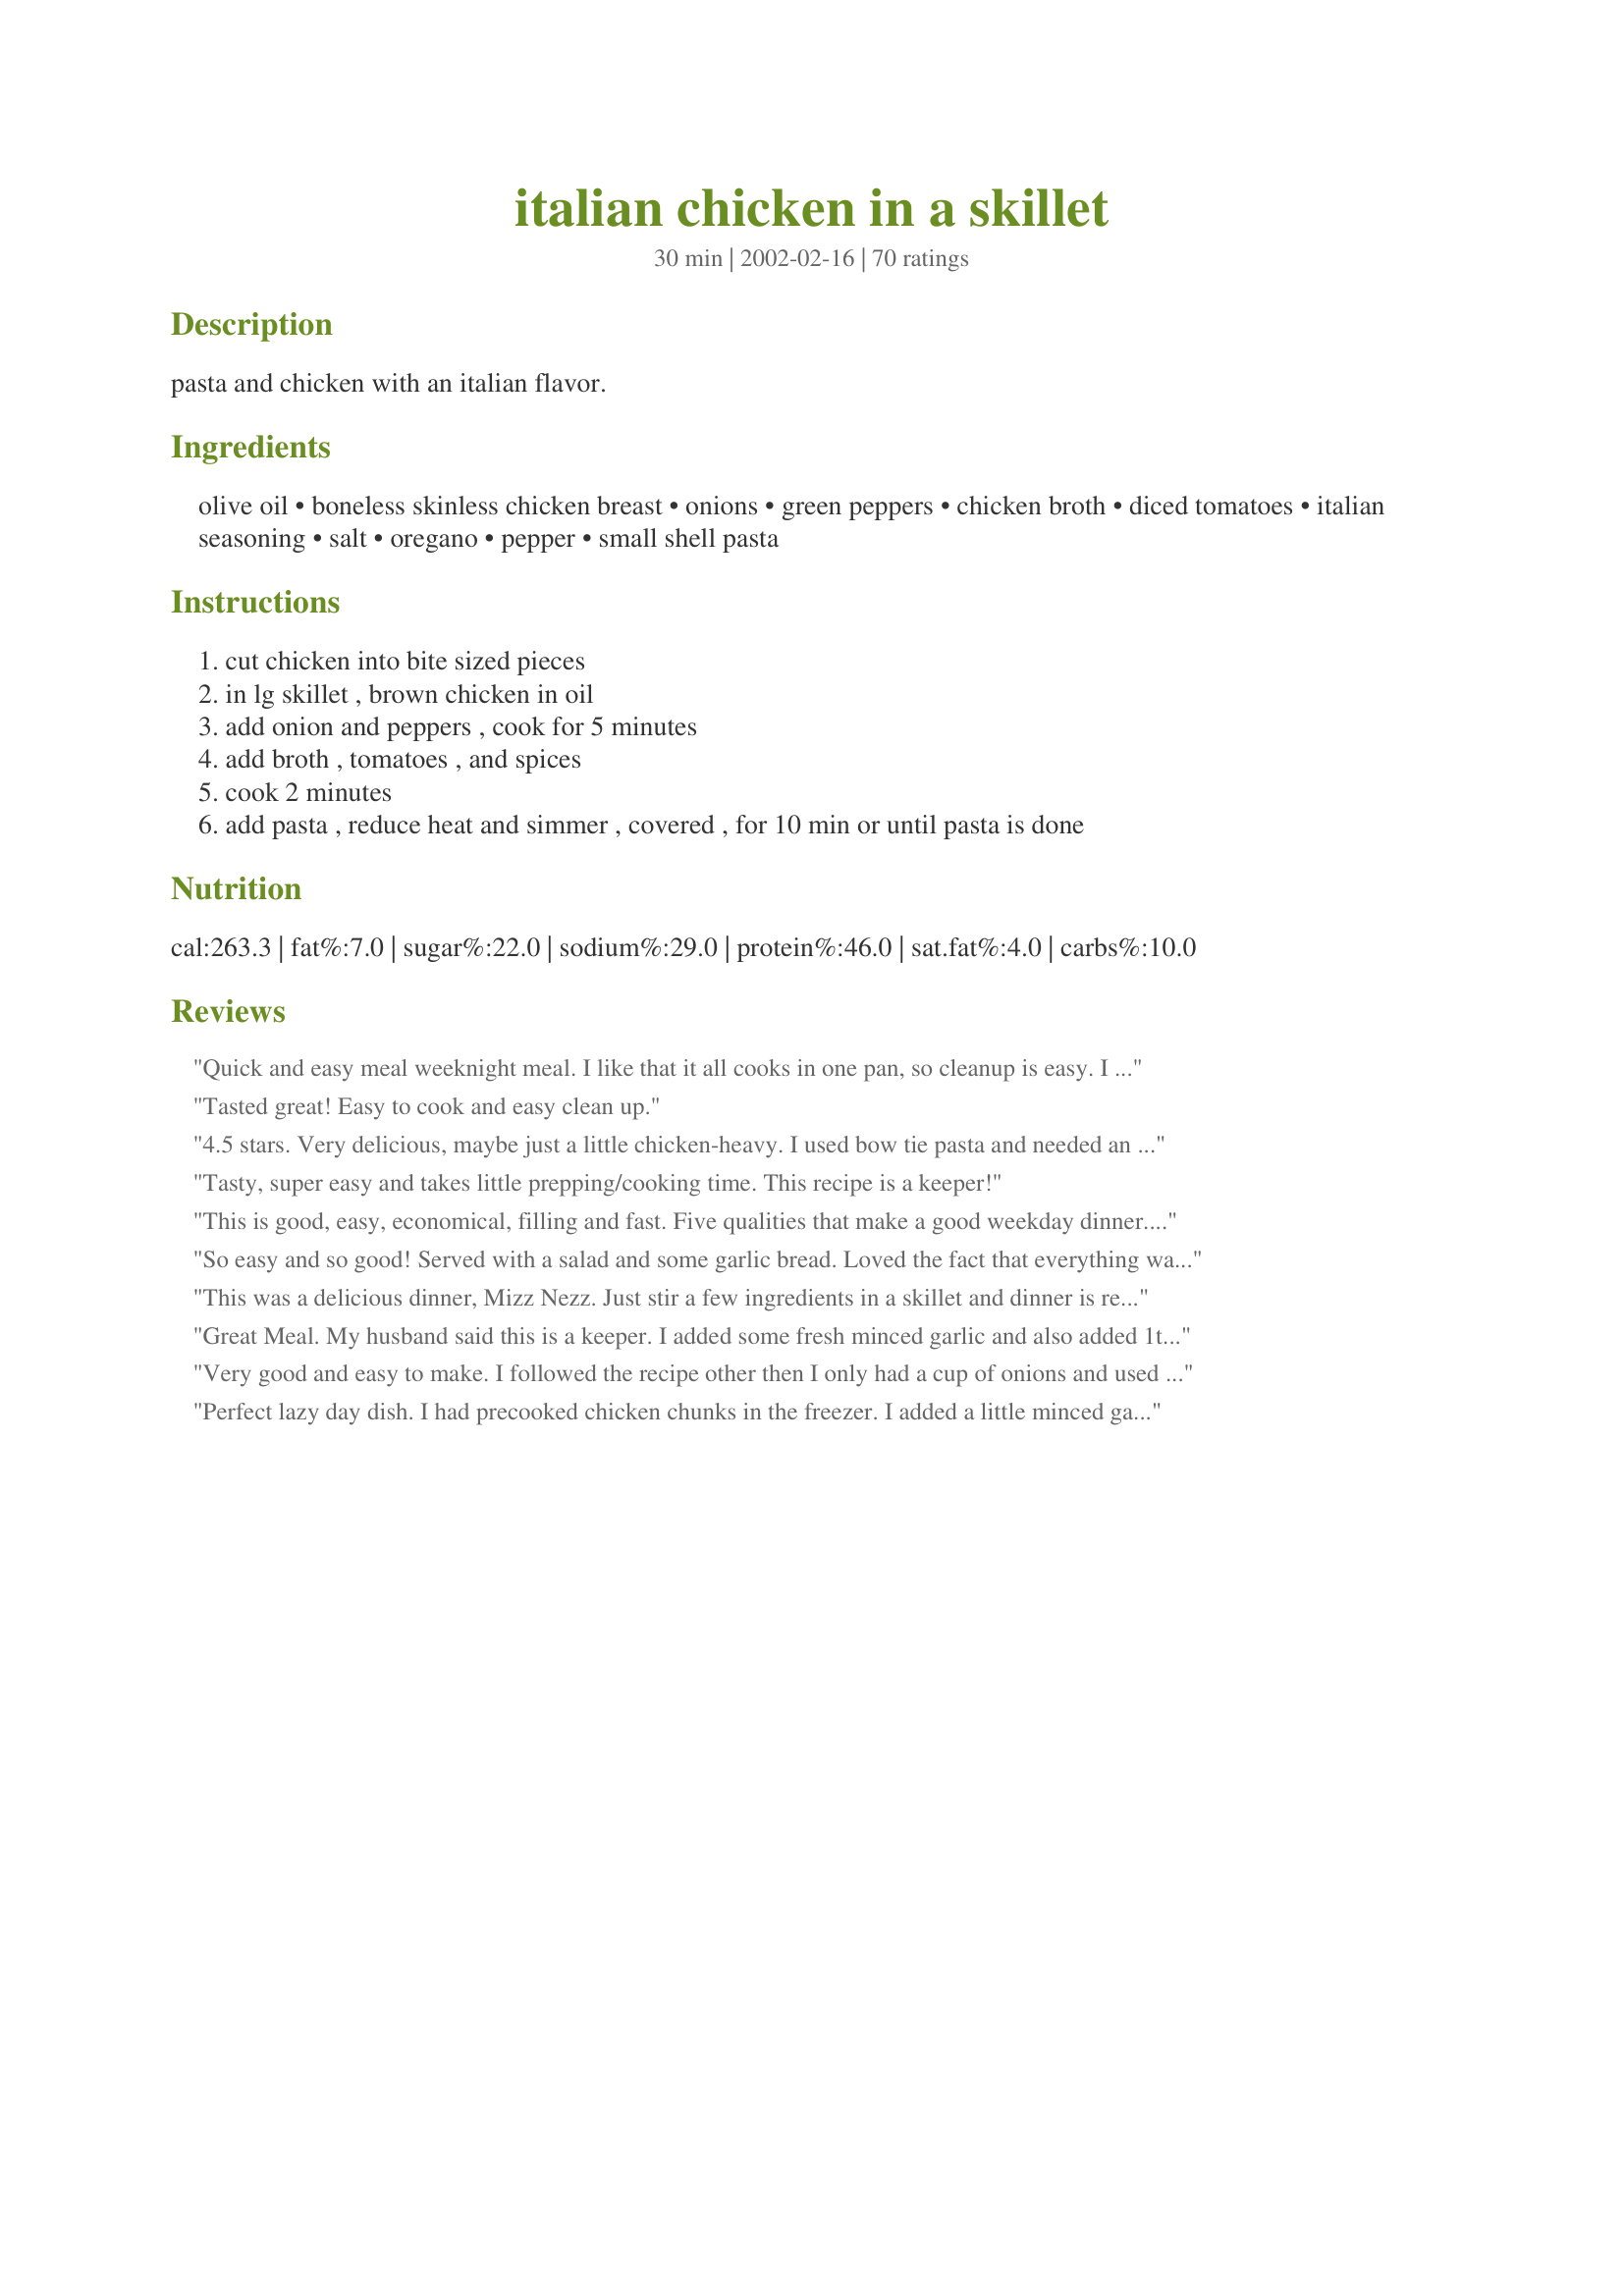
italian chicken in a skillet
Preparation time: 30 minutes

pasta and chicken with an italian flavor.

Ingredients:
olive oil, boneless skinless chicken breast, onions, green peppers, chicken broth, diced tomatoes, italian seasoning, salt, oregano, pepper, small shell pasta

Steps:
cut chicken into bite sized pieces, in lg skillet , brown chicken in oil, add onion and peppers , cook for 5 minutes, add broth , tomatoes , and spices, cook 2 minutes, add pasta , reduce heat and simmer , covered , for 10 min or until pasta is done

Reviews:
Quick and easy meal weeknight meal. I like that it all cooks in one pan, so cleanup is easy. I felt that it could have used a little more flavor, maybe some garlic.
Tasted great! Easy to cook and easy clean up.
4.5 stars. Very delicious, maybe just a little chicken-heavy. I used bow tie pasta and needed an additional 10 minutes simmering time. Wonderful aromas, family enjoyed a lot!
Tasty, super easy and takes little prepping/cooking time. This recipe is a keeper!
This is good, easy, economical, filling and fast. Five qualities that make a good weekday dinner. I used the suggested Italian tomatoes. Next time I will add a couple cloves of garlic and more spices, because my family recommended that it needed more of a kick for our tastes. Thanks!
So easy and so good! Served with a salad and some garlic bread. Loved the fact that everything was done in one pan and it took only minutes to make.
This was a delicious dinner, Mizz Nezz. Just stir a few ingredients in a skillet and dinner is ready. The seasoning was just right and best of all, my family loved it. Definitely will make this one again. Thanks for sharing.
Great Meal. My husband said this is a keeper. I added some fresh minced garlic and also added 1tsp. of sugar. Found that at the end of cooking almost all my liquid was absorbed by the noodles, so I added another can of tomatoes. Next time I think I will cook my noodles seperate.
Very good and easy to make. I followed the recipe other then I only had a cup of onions and used diced tomatoes with basil, oregano and basil. Since my tomatoes had spices, I didn't add the italian seasoning or oregano. I also forgot to add the pepper. I used Dreamfield rotini pasta. Hubby topped his with parmesan cheese but I ate it as is. We all loved this.
Perfect lazy day dish. I had precooked chicken chunks in the freezer. I added a little minced garlic and few sliced black olives (needed to be used up. Used curly noodles. Put this recipe in my summer supper section. Thanks.

A gigantic hit at my house! Easy to throw together too. I added freshly grated parmesan and it made it even better. Thanks for a great recipe.
I made this a while back and forgot to review it. I was really impressed with the flavor and how easy this recipe was. Hubby thought I meant we were having one of those frozen meals you dump in a skillet, boy was he surprised when he tasted this!! Thanks MizzNezz!
Excellent dinner. Good work MizzNezz. Added just a few dried chili flakes for bite.
very good! Nice, simple, excelent flavor
This was fantastic. Not only was it delicious but it was one pan and so quick and easy. I added garlic to the sauteed onion mixture and left out the green peppers because I didn't have any in the house. I also added a little fresh oregano and basil instead of the italian seasoning.

To fnish I sprinkled some parm on top before serving. This was great with some salad.

I will absoultely make this again!
This was delicious! I love one pan meals as it means less clearing up haha!! Packed with flavour and easy to make, this is a new favourite weeknight meal!
By golly but this was good! Hubby turned up his nose when he first looked in the pan. He's not a big macaroni fan so wasn't impressed at first. However, he went back for huge second helping so need I say more? Easy, inexpensive and tasty.. pure gold recipe. Thanks!!
It was my intention of make this as written, except for using home-grown tomatoes. Once I got sarted, I realized I didn&#039;t have Italian seasoning. Also, my skillet was too small to add the pasta. I chopped a bunch of tomatoes, some onion and a banana pepper and sauteed them along with the diced chicken breast. I added some chicken broth and an envelope of ranch dressing mix. I decided to make the pasta separately, so I just let the liquid cook down and reduce and I added a little bit of corn starch. It came out delicious!
Excellent and easy to make. I didn't know I could cook! My family loved it.
Outstanding! I used about 2 cups of homeade chicken broth. May add some garlic powder next time. Took more than 10 minutes for my ziti noodles. Thank you for this easy delicious meal in a pan! Very flavorful. Thank you for sharing.
Thanks for posting this one, I made it for friends who both took home the recipe!!! I think that speaks for its self. Cheers, Jenny :)
Everyone really enjoyed this meal. I'm not a very good cook at all, but I followed the recipe to a "T" and what took no time at all looked as though I had slaved over the stove all day. My boyfriend and his roommate were really impressed! THANKS
I was truly excited to try this dish, especially since I had all the ingredients on hand (for once)! I prepared the dish per recipe instructions, swapping out the Oregano for Basil (because I LOVE Basil) &amp; using a mixture of mainly red bell pepper w/some green bell pepper. First...I don&#039;t know what kinda super sized skillet reviewers were using but my 12-inch fry pan was brimming with sauce! Lol. I couldn&#039;t close the lid to simmer the dish. However, the pasta turn out gud! I used gluten free corn flour shells, boiling it for only 3 minutes in order to boil out the starchy glob that forms in the water when you cook with gluten free corn pasta. The pasta turned out perfect but the flavor was EH...it was just OK. I believe had it prepared with a ground turkey &amp; spicy turkey Italian sausage mix, this recipe would have been a 5 star winner!! I will attempt to make this again, however I&#039;ll make it with the above mentioned turkey meat mixtures.
I made this last night for dinner and we all loved it. So easy to put together and so tasty. I did add one fairly big clove of minced garlic, but otherwise followed the recipe to a T. This will definitely become a cold weather staple.
Thanks!
This was great! Both of us liked the recipe. It smelled and tasted wonderful. And best of all, it was easy and pretty healthy and filling. I am sure we will make this one again. Many thanks!
EXCELLENT......I added fresh? Chopped Garlic, another can of tomatoes, a little more Broth and let it simmer about an hour and poured two cups of shredded Pizza cheese on it and let that melt into it while I oven warmed a nice thick cheese bread to soak it up.....My husband LOVED it....
This was good and easy but my husband and I thought it needed something. I just not sure what. Followed the recipee exactly.
Yet another great recipe. I was thinking of you and wanted you to know!! With everything that is needed I made myself a very good meal to eat. Without going anywhere. Very Good Meal without changing anything. Thank You and Hugs.
A great dish! First time I used bow tie pasta, this time the shells, which we prefer. I used Italian style diced tomatoes. Health Valley low fat chicken broth, no MSG and low sodium. Thank you for posting. Peggy Martin at www.Awaken4u.com
Pretty easy to put together, but my pasta wasn't done in the time specified, (I used the shells) so I cooked longer and that seemed to dry it out. Maybe it needs more broth or tomatoes. We ate it fine, but it was just OK for us.
Very good! My husband came home and commented on how you could smell the aroma from outside! Little does he know how much I really chopped up those onions and peppers so he wouldn't notice them, he hates them. We enjoyed this dish very much; and it's a great low fat dish.
Wow! This was so quick and so delicious...our entire family loved it. Very flavourful and filling yet still low-fat. Will definitely be making this again.
I can't think of anything that would improve this recipe---it was so tasty! I served it with crusty bread and a green salad and it was a hit. Definitely going to make it regularly!
Amazing dish. Parents say it tastes like something you'd find at a restaurant. I've made it twice now and will definitely make it more often. As a picky chicken person, the chicken is still a little too dry for me, but the noodles and vegetables are delicious :)
Yay Yay Yay! Both of my kids ate their first bowl and asked for seconds which rarely happens in my house. And my BF and I both loved this too so THANK YOU! I needed to add more broth to het my pasta cooked so next time I might double the tomatoes. Used bowtie pasta and it came out perfect in the end.
YUMMMM!!! I made this tonight for hubby and I. The only pasta I had on hand was the corkscrew pasta, and it worked great; I thought it made it a little more interesting, LOL! The flavors are wonderful!!! I omitted the green pepper because neither hubby or I like them; this was SOO good!!! Kind of like a homemade "chicken helper" type thing, but way better!!! I also grated a little parmesan over the top before serving. Also served with cheddar garlic biscuits, the perfect accompaniment!! Thank you!
Great flavor and a very easy dish. I thought this might be 'just another chicken dish' but the seasonings really add great flavor. We really enjoyed it. Can't wait to have the leftovers. I used 3 chicken breasts (~1.5 lbs) and small shell pasta. Thanks.
I forgot that I had made this! (I made it last spring) Anyways, I found that it was very good. The only problem with it (my fault) was cooking the noodles all the way. Some of the shells were still hard, so next time I have to make sure they are all cooked!
Very good. Even my 4yr old ate every bite! I used italian seasoned chicken broth instead and basil (I was out of oregano) and elbow macaroni. I will definately make this again - as requested by my daughter.
I made the recipe as written, except used rotini instead of shells and a little less bell pepper, due to what I had on hand. Very nice dish. I topped with shredded mozzarella. I might cut the oregano to 1/2 teaspoon next time. It was a tad too strong.... oh, and I did use chicken breast that had been store-packaged in a tomato basil marinade. It was a nice boost of flavor.
Quick, easy and tasty.
I used bow tie pasta and it took a little longer than 10 minutes to cook. Sprinkled dish with pecorino romano cheese before serving.
Finally made this for dinner. It was very quick and easy. I whipped it up after a long day of cooking casseroles for the freezer and the week. I didn't really change anything, but i used diced tom with basil & garlic (what was on hand), about 1/4 cup of white wine to deglaze the pan. Used homemade chicken stock (didn't have enough thawed after all my casseroles that's why i used the wine). I used ziti because that's what was on hand. To tighten the sauce i sprinkled in some parm cheese (almost out of habit). It is a definate keeper. I took the left overs to work for lunch (had to hide in the fridge before we even sat down to dinner), they reheated nicely. Everyone came back to the breakroom to see what smelled so great. Needless to say i had to call home for the recipe so i could pass it around. Thanks for keeper Mizz.
Happy cooking
My family liked this dish. I loved that it was all prepared in one skillet; less mess!!! Will definately make again!!!
Just ok, trashed the recipe.
One reviewer described this as "chicken helper but better", and that's a great description of this dish. I loved how easy it was to prep and cook in one pan. I used medium shell pasta; I do not stock Italian seasoning so subbed a bit more oregano, basil, and minced garlic. The flavor was great; most of us put generous amounts of parm cheese (and crushed red pepper) on top. However it turns out that my fam is not too keen on this type of dinner - the pasta gets too soggy if there is any dely in serving, and I think I'll stick with dirtying (sp?) 2 pots - one with veggies and another with pasta.
Made this dish twice now and making it again today .I pack it into containers and take it with me in the lorry to heat up in the microwave .it tastes just as nice and is better than any ready meal you buy in the supermarket. Anymore recipes like this would be much appreciated.??
Have yet to have someone not like it.
This was very good, and so easy to throw together! I used 3 cups from a bag of frozen peppers and onion that had green, yellow and red peppers. Next time if I use frozen veggies I'll decrease the broth a bit though. I used shell pasta and almost 1 1/4 lbs chicken. Thanks for the great easy recipe--we will definitely make again!
Loved it! Accidentally used diced tomatoes with red pepper but it gave it a nice zip. Will definitely remake this one!
Wow!! A nice weekend meal that doesn't require a lot of time. Served with a sides salad and Texas Toast and your meal is planned.
It is a nice and easy recipe and I have almost everything I need in my frig and pantry. I kept the other comments in mind and decided to cook the pasta separately (I used barilla farfalle) and added it to the sauce after draining it. I think this recipe will also work with rice so next time I think I'll sub the pasta for 1 cup of uncooked rice. I would saute the rice in olive oil or butter first then add the aromatics, set that aside and brown the chicken, add back the rice and then add the broth and tomatoes. Rice usually cooks in about 20 minutes.
Am in the middle of making this for a second time as it&#039;s an easy option for a quick lunch for my son when he comes home from school. Having just made my own Italian Seasoning (as it&#039;s not available pre-packed in the country I live in), I&#039;ve come to the conclusion that the seasoning is what made me not overly keen on the dish the last time. Maybe I&#039;m one of those people who just doesn&#039;t like Italian Seasoning but I find the taste too overwhelming to ignore and basically, for me, it ruined a dish that I think I would have otherwise enjoyed. Very small doses until I can find an alternative as I like the idea of all the other ingredients together.
This turned out okay. Glad I tried it but I&#039;ve had other similar recipes that were way better. I won&#039;t be making this again.
This stuff is GREAT! I really didn't expect as much out of it as it delievers. I thought anything this easy must be "just okay" at best. What a pleasant surprise. It's ease of cooking and it's great taste took me aback. Being a heart patient on a fat restricted diet, this one gets printed out and placed into my "Favorite Binder".
This is unbelievable! My husband and I oooed and ahhhed all through lunch and the best part of all is how easy and quick it is to throw together! We will be using this one again and again - thank you so much!
Yummmmmmm! This was a wonderful meal. I cut the onion into big chunks and discarded after browning...don't like them! Also, I used diced tomatoes with garlic. SOOOO good. My 13 month old could not get it into her mouth fast enough. Thanks for a truly great recipe!
This was very easy to make and quite tasty too! Will probably be making again!
This recipe has the most delicious flavor & very easy to make. I added some red cooking wine to my recipe & used diced tomatoes with olive oil and burgundy wine to add some extra flavor. Yummy!
We all loved it! I added garlic when browning the chicken. it is a wonderful cook meal. thank you!
I needed a simple recipe for a quick lunch this weekend, so I tried this one. It got rave reviews from everyone. I didn't change the recipe at all. I will definitely be making this one again, probably quite often because it's so easy. Thanks!
Made this on the spur of the moment for dinner tonight. Very easy and quick. Since I hadn't planned ahead, some substitutions were in order! DH hates onions, so I sub'd onion powder for fresh onion. The only diced tomatoes I had on hand were diced tomatoes with green chilies, so I threw those in. Veggie oil instead of olive oil, and I added a dash of garlic powder. Also used fresh ground pepper blend instead of regular black pepper, spiral noodles, and topped with a bit of Parmesan cheese. In spite of all these changes, DH gave it four stars (which to any normal person would be an ecstatic five stars, he NEVER rates above a three) and I thought it was pretty good too. The green chilies gave it quite a kick, but it still complemented well. This one's a keeper, thanks!
Easy to prepare. Wonderful aroma! I used red peppers instead of green because I prefer red peppers. We all really enjoyed it.
I found this to be &quot;okay&quot;, although to be fair, this type of dish isn't my favourite (I don't really like tomato-sauced dishes). So while I found the taste to be a little boring, it was very easy to make. The actual cooking time was super fast, and all in one pot! I'm thinking now that this may taste a lot better if a flavourful sausage was used instead of chicken breast...
As simple as promised and my family loved it. My one note is that we used elbow pasta and it took close to 20 minutes for the pasta to be cooked thoroughly.
Cooked this last night for my husband and 2 year old and they loved it. Cheap and easy! Will cook again.
This doesn't need any more rave reviews, but I did try something not posted. I used a 8.9 oz. bag of Barilla three cheese tortellini and simmered on high heat. It was perfect if you're a cheese lover like me.
This was such a quick,easy,and tasty dish.I made it for 4 servings I used a cup of each veggie and the same sauce ingredients. I added some leftover tomato sauce. Very good.
Outstanding. Tastes like something you'd order at Olive Garden or Macaroni Grill. I doubled the recipe as I have a super sized skillet and we serve 6. I did space out and used veg oil instead of olive (I had read recipe but not while cooking). I did the peppers and onions very small and started them for 5 min before I added the chicken them cooked them together. I used a whole box of Barilla bow tie pasta and cooked covered 13 min. Served with buttered brocoli and bread. I have rated alot of recipes and this is I think the 2nd time a 5 star was deserved.
The picture looks orange. Mine didn't turn out orange
Anything my picky eater husband likes is a 5 star to me! This was very good and I will make it again. I modified the recipe just a little. I added 1/2 tsp of minced garlic and a 1/4 tsp red pepper flakes. I added zucchini during the last 5 min of cooking in place of green peppers and I pureed the tomatoes before adding so there were no tomato chunks. We topped it with fresh grated parmesan. Thanks for the great recipe!
